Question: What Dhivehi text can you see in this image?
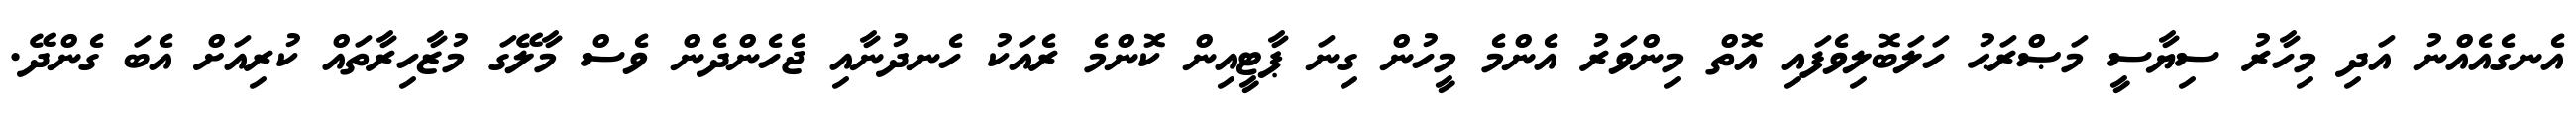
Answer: އެނގެއެއްނު އަދި މިހާރު ސިޔާސީ މަޞްރަޙު ހަލަބޮލިވެފައި އޮތް މިންވަރު އެންމެ މީހުން ގިނަ ޕާޓީއިން ކޮންމެ ރެއަކު ހެނދުނާއި ޖެހެންދެން ވެސް މާލޭގަ މުޒާހިރާތައް ކުރިއަށް އެބަ ގެންދޭ.